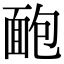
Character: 靤